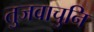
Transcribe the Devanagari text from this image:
तुजवाचुनि